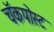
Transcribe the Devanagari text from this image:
चॅकपोस्ट